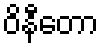
ဝိနီတော